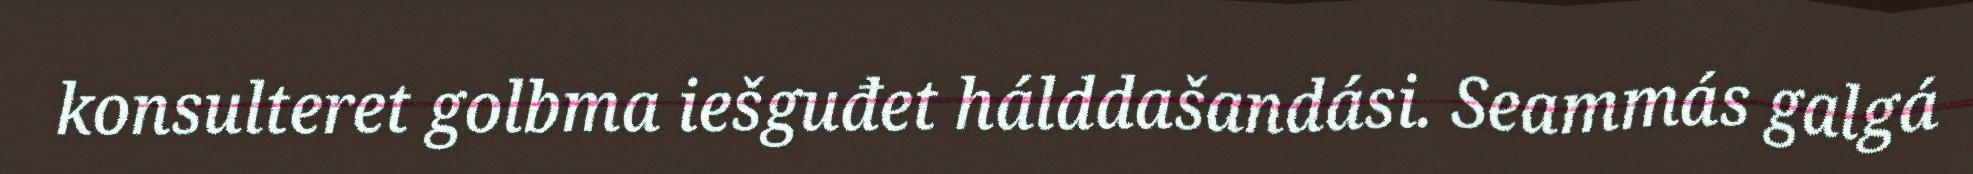
konsulteret golbma iešguđet hálddašandási. Seammás galgá